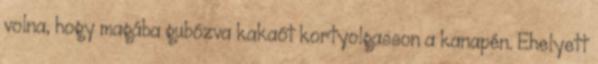
volna, hogy magába gubózva kakaót kortyolgasson a kanapén. Ehelyett